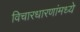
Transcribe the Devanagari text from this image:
विचारधारणांमध्ये